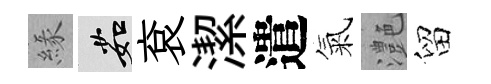
緣茹袞潔遣氣灔留